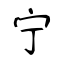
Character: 宁